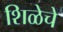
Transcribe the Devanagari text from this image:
शिळेचे